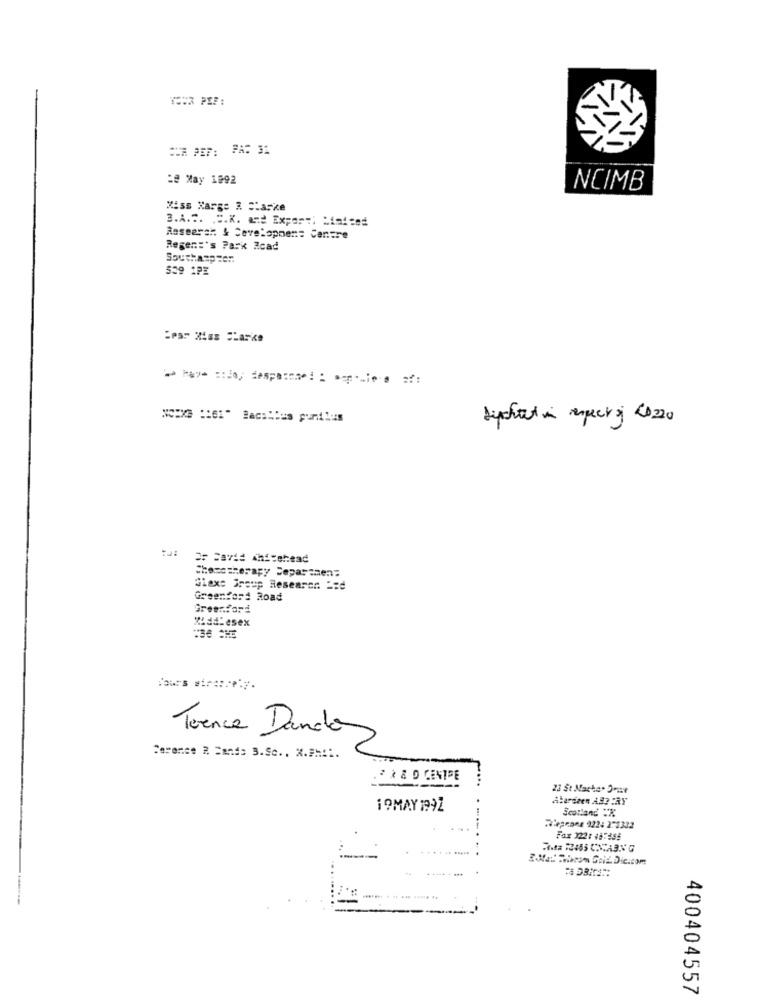
YOUR PEP:
OUR PEF: PAS 31
:# May 1992
NCIMB
Miss Xarge & Clarke
3.A ... . ".K. and Export) Limited
Research & Development Centre
Regen:'s Park Zcad
SouthaspEen
559 1PE
Systaction espero 2020
OF Savid whitehead
Shosetherapy Department
Glaxs Group Researen == d
Greenford Road
Greenford
Middlesex
:36 **
Toence Dande
Carence R Sand: 3.Sc .. X.## ::.
* * & D CENTRE
23 St Macka. 3mast
19MAY 1992
Scotland :X
Reprone 922: 271332
Fax 322: 45:455
Na Socom Grid Die.com
400404557